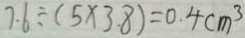
7 . 6 \div ( 5 \times 3 . 8 ) = 0 . 4 c m ^ { 3 }